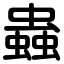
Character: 蟲